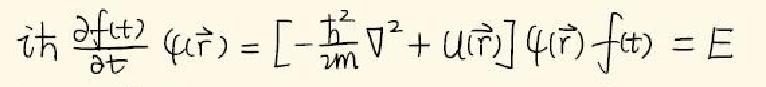
$i\hbar\frac{\partial f(t)}{\partial t}\psi(\vec{r})=\left[-\frac{\hbar^{2}}{2m}\nabla^{2}+U(\vec{r})\right]\psi(\vec{r})f(t)=E$